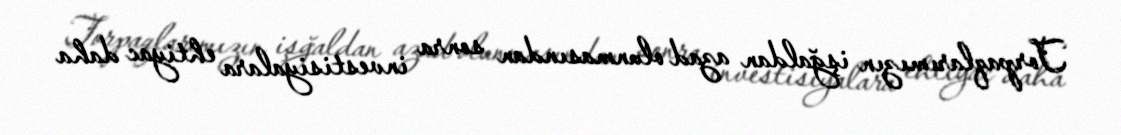
Torpaqlarımızın işğaldan azad olunmasından sonra investisiyalara ehtiyac daha